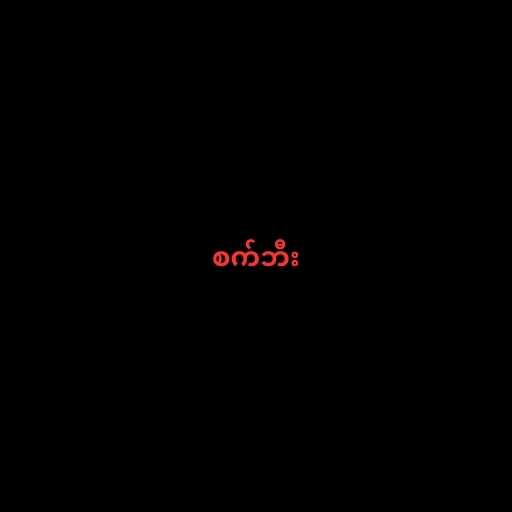
စက်ဘီး